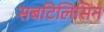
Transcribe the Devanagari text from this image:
सबटिलिसिन